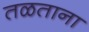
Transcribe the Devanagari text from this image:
तळताना